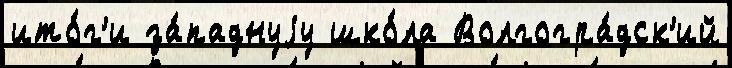
ито́г'и за́паднуjу шко́ла Волгогра́дск'ий